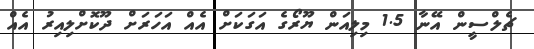
ޗެލްސީން އޭނާ 1.5 މިލިއަން ޔޫރޯގެ އަގަކަށް އެއް އަހަރަށް ދޫކޮށްލިއިރު އެއް